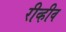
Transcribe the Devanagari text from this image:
रीव्हीव